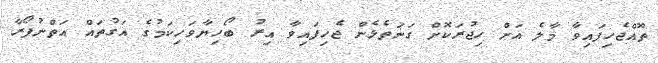
ތޮއްޖެހިފައިވާ މާލެ އަށް ހިޖުރަކޮށް ގަނަތެޅެން ޖެހިފައިވާ އިރު ބޯހިޔާވަހިކަމުގެ އަގުތައް އަތްނުފޯރާ